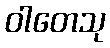
ဝါတေသု